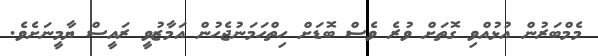
މެމްބަރުން އުޅުއްވި ގޮތަށް ވުރެ ވެސް ބޮޑަށް ހިތްހަމަނުޖެހުން އަމާޒުވީ ރައީސް ޔާމީނަށެވެ.